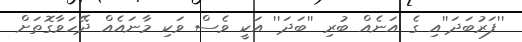
''ފަރުބަދަ''އި ގެ އަނެއް ބުރި ''ބަދަ'' އަކީ ވެސް ވަކި މާނައެއް ދޭހަވާގޮތަށް